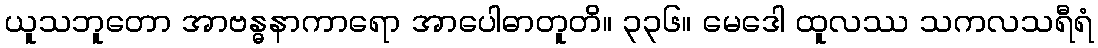
ယူသဘူတော အာဗန္ဓနာကာရော အာပေါဓာတူတိ။ ၃၃၆။ မေဒေါ ထူလဿ သကလသရီရံ